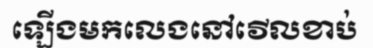
ឡើងមកលេងនៅវើលខាប់